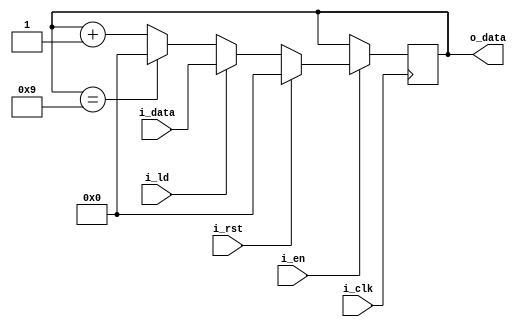
///////////////////////////////////////////////////////////////////////////////
// $Author: BH $    $Date: 2020-06-26 $    $Revision: 0 $
//
// Module: counter_modn.v
// Project: iCESDM (Sigma Delta Modulator for Lattice iCE40)
// Description: Arbitrary counter register.
//
// Change history:  2020-06-26 Created file.
//                  2021-03-05 Added conditional compilation flag.
//
// 2023 ETH Zurich, Brett Hannigan; D-HEST; Biomedical and Mobile Health Technology (BMHT) Lab; Carlo Menon
//
///////////////////////////////////////////////////////////////////////////////

`ifndef __COUNTER_MODN_INCLUDE__
`define __COUNTER_MODN_INCLUDE__
`endif

module counter_modn(i_clk, i_en, i_rst, i_ld, i_data, o_data);
    parameter WIDTH = 4;
    parameter N = 10;
    input i_clk, i_en, i_rst, i_ld;
    input [WIDTH-1:0] i_data;
    output [WIDTH-1:0] o_data;
    reg [WIDTH-1:0] next;

    initial
    begin
        next = {WIDTH{1'b0}};
    end

    always @(posedge i_clk)
    begin
        if (i_en) begin
            if (i_rst)
                next <= {WIDTH{1'b0}};
            else if (i_ld)
                next <= i_data;
            else if (next == N-1)
                next <= {WIDTH{1'b0}};
            else
                next <= next + 1'b1;
        end
    end
    assign o_data = next;
endmodule